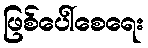
ဖြစ်ပေါ်စေရေး